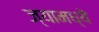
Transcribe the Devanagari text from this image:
ज्यामध्यॆ